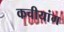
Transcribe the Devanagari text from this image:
कचीयांग